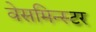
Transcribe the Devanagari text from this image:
वेसमिन्स्टर